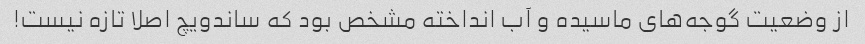
از وضعیت گوجه‌های ماسیده و آب انداخته مشخص بود که ساندویچ اصلا تازه نیست!